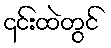
၎င်းထဲတွင်